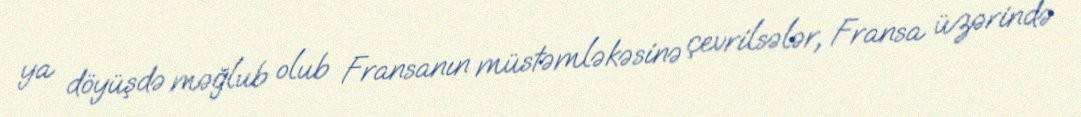
ya döyüşdə məğlub olub Fransanın müstəmləkəsinə çevrilsələr, Fransa üzərində